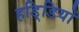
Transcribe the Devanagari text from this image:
हडि्डियों